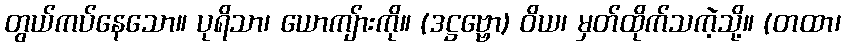
တွယ်ကပ်နေသော။ ပုရိသာ၊ ယောကျ်ားကို။ (ဒဋ္ဌဗ္ဗော) ဝိယ၊ မှတ်ထိုက်သကဲ့သို့။ (တထာ၊